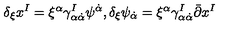
\delta _ { \xi } x ^ { I } = \xi ^ { \alpha } \gamma _ { \alpha \dot { \alpha } } ^ { I } \psi ^ { \dot { \alpha } } , \delta _ { \xi } \psi _ { \dot { \alpha } } = \xi ^ { \alpha } \gamma _ { \alpha \dot { \alpha } } ^ { I } \bar { \partial } x ^ { I }